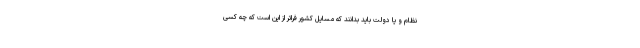
نظام و یا دولت باید بدانند که مسایل کشور فراتر از این است که چه کسی